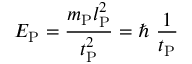
E _ { \mathrm { P } } = { \frac { m _ { \mathrm { P } } l _ { \mathrm { P } } ^ { 2 } } { t _ { \mathrm { P } } ^ { 2 } } } = \hbar \ { \frac { 1 } { t _ { \mathrm { P } } } }